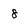
Character: 8